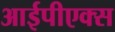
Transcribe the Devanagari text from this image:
आईपीएक्स